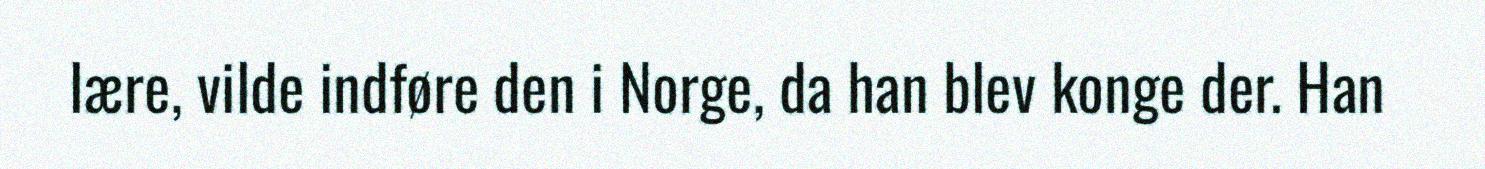
lære, vilde indføre den i Norge, da han blev konge der. Han